Report of the Imperial Institute of Veterinary Research, Muktesar
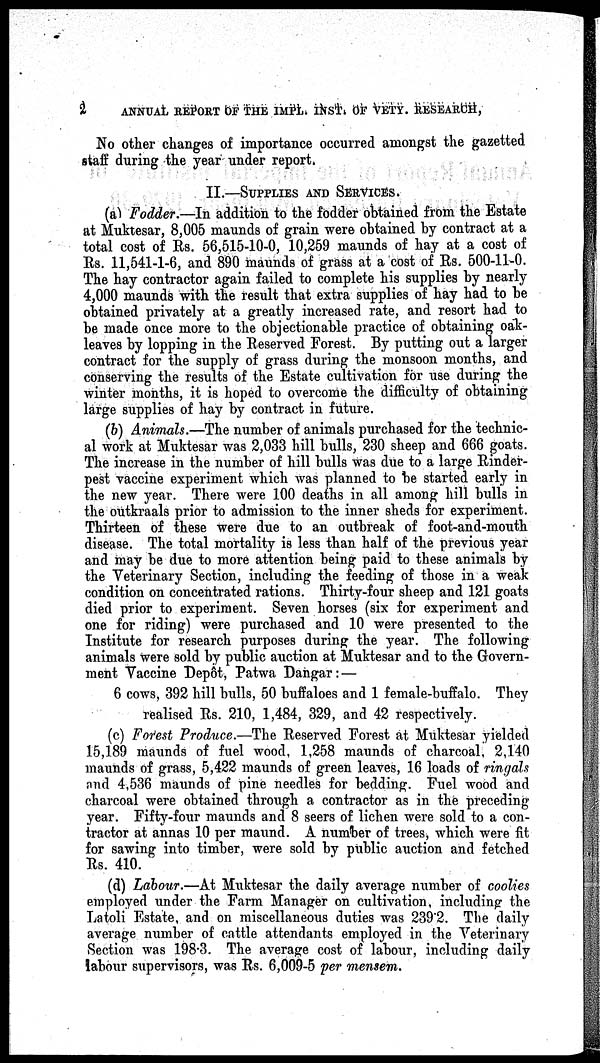
2
ANNUAL REPORT OF THE IMPL. INST. OF VETY. RESEARCH,
No other changes of importance occurred amongst the gazetted
staff during the year under report.
II.—SUPPLIES AND SERVICES.
(a) Fodder.—In addition to the fodder obtained from the Estate
at Muktesar, 8,005 maunds of grain were obtained by contract at a
total cost of Rs. 56,515-10-0, 10,259 maunds of hay at a cost of
Rs. 11,541-1-6, and 890 maunds of grass at a cost of Rs. 500-11-0.
The hay contractor again failed to complete his supplies by nearly
4,000 maunds with the result that extra supplies of hay had to be
obtained privately at a greatly increased rate, and resort had to
be made once more to the objectionable practice of obtaining oak-
leaves by lopping in the Reserved Forest. By putting out a larger
contract for the supply of grass during the monsoon months, and
conserving the results of the Estate cultivation for use during the
winter months, it is hoped to overcome the difficulty of obtaining
large supplies of hay by contract in future.
(b) Animals.—The number of animals purchased for the technic-
al work at Muktesar was 2,033 hill bulls, 230 sheep and 666 goats.
The increase in the number of hill bulls was due to a large Rinder-
pest vaccine experiment which was planned to be started early in
the new year. There were 100 deaths in all among hill bulls in
the outkraals prior to admission to the inner sheds for experiment.
Thirteen of these were due to an outbreak of foot-and-mouth
disease. The total mortality is less than half of the previous year
and may be due to more attention being paid to these animals by
the Veterinary Section, including the feeding of those in a weak
condition on concentrated rations. Thirty-four sheep and 121 goats
died prior to experiment. Seven horses (six for experiment and
one for riding) were purchased and 10 were presented to the
Institute for research purposes during the year. The following
animals were sold by public auction at Muktesar and to the Govern-
ment Vaccine Depôt, Patwa Dangar:—
6 cows, 392 hill bulls, 50 buffaloes and 1 female-buffalo. They
realised Rs. 210, 1,484, 329, and 42 respectively.
(c) Forest Produce.—The Reserved Forest at Muktesar yielded
15,189 maunds of fuel wood, 1,258 maunds of charcoal, 2,140
maunds of grass, 5,422 maunds of green leaves, 16 loads of ringals
and 4,536 maunds of pine needles for bedding. Fuel wood and
charcoal were obtained through a contractor as in the preceding
year. Fifty-four maunds and 8 seers of lichen were sold to a con-
tractor at annas 10 per maund. A number of trees, which were fit
for sawing into timber, were sold by public auction and fetched
Rs. 410.
(d) Labour.—At Muktesar the daily average number of coolies
employed under the Farm Manager on cultivation, including the
Latoli Estate, and on miscellaneous duties was 239.2. The daily
average number of cattle attendants employed in the Veterinary
Section was 198.3. The average cost of labour, including daily
labour supervisors, was Rs. 6,009-5 per mensem.